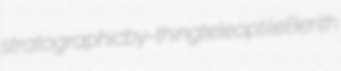
stratographic by-thing teleoptile Berith